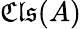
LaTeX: {\mathfrak{Cls}}(A)